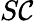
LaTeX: S\mathcal{C}